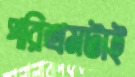
পরিশ্রমটাই